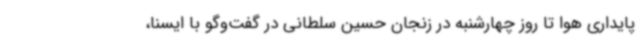
پایداری هوا تا روز چهارشنبه در زنجان حسین سلطانی در گفت‌وگو با ایسنا،